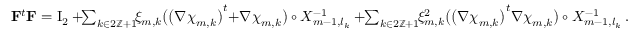
\begin{array} { r } { \mathbf { F } ^ { t } \mathbf { F } = \ensuremath { \mathrm { I } _ { 2 } } + \! \! \sum _ { k \in 2 \ensuremath { \mathbb { Z } } + 1 } \! \! \xi _ { m , k } \bigl ( \bigl ( \nabla { \boldsymbol { \chi } } _ { m , k } \bigr ) ^ { t } { + } \nabla { \boldsymbol { \chi } } _ { m , k } \bigr ) \circ X _ { m - 1 , l _ { k } } ^ { - 1 } + \! \! \sum _ { k \in 2 \ensuremath { \mathbb { Z } } + 1 } \! \! \xi _ { m , k } ^ { 2 } \bigl ( \bigl ( \nabla { \boldsymbol { \chi } } _ { m , k } \bigr ) ^ { t } \nabla { \boldsymbol { \chi } } _ { m , k } \bigr ) \circ X _ { m - 1 , l _ { k } } ^ { - 1 } \, . } \end{array}